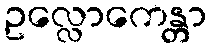
ဥလ္လောကေန္တာ